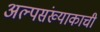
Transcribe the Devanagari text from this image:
अल्पसंख्याकाची